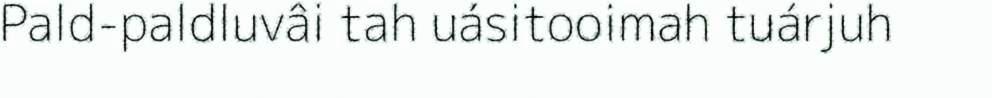
Pald-paldluvâi tah uásitooimah tuárjuh